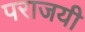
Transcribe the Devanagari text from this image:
पराजयी